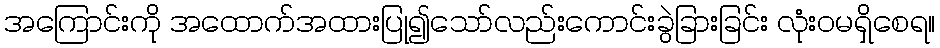
အကြောင်းကို အထောက်အထားပြု၍သော်လည်းကောင်းခွဲခြားခြင်း လုံးဝမရှိစေရ။